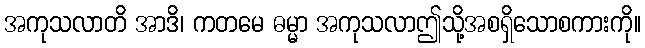
အကုသလာတိ အာဒိ၊ ကတမေ ဓမ္မာ အကုသလာဤသို့အစရှိသောစကားကို။